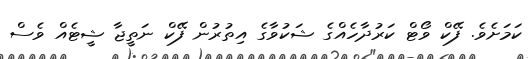
ކަމަށެވެ. ފޭކް ވޯޓް ކަރުދާހެއްގެ ޝަކުވާގެ އިތުރުން ފޭކް ނަތީޖާ ޝީޓެއް ވެސް